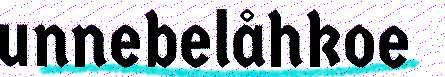
unnebelåhkoe